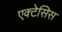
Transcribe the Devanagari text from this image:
एक्टेसिस